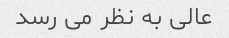
عالی به نظر می رسد